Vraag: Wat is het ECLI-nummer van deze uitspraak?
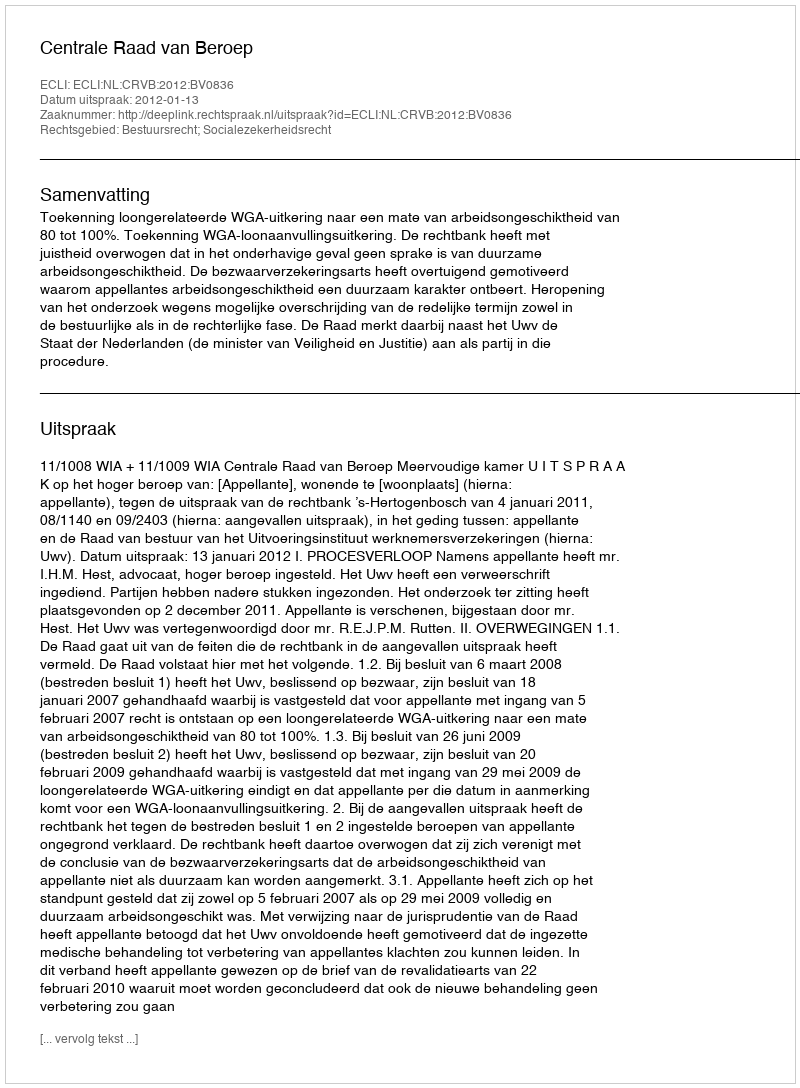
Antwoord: ECLI:NL:CRVB:2012:BV0836